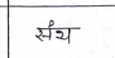
मजकूर: संथ